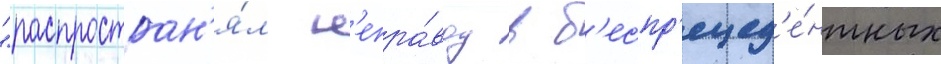
"распростран'я́л н'епра́вду в б'еспр'ецед'е́нтных